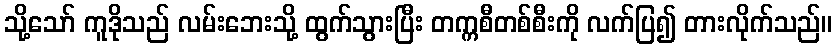
သို့သော် ကူဒိုသည် လမ်းဘေးသို့ ထွက်သွားပြီး တက္ကစီတစ်စီးကို လက်ပြ၍ တားလိုက်သည်။